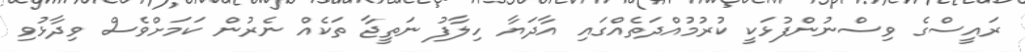
ރައީސްގެ ވިސްނުންފުޅަކީ ކުރުމުއްދަތެއްގައި އާދަޔާ ހިލާފު ނަތީޖާ ތަކެއް ނެރުން ކަމަށްވެސް ވިދާޅުވި